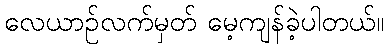
လေယာဉ်လက်မှတ် မေ့ကျန်ခဲ့ပါတယ်။